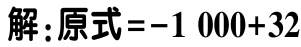
解：原式\(=-1\ 000 + 32\)